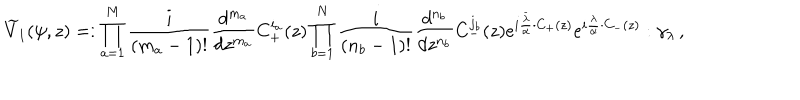
\widetilde V _ { 1 } ( \psi , z ) = : \prod _ { a = 1 } ^ { M } { \frac { i } { ( m _ { a } - 1 ) ! } } { \frac { d ^ { m _ { a } } } { d z ^ { m _ { a } } } } C _ { + } ^ { i _ { a } } ( z ) \prod _ { b = 1 } ^ { N } { \frac { i } { ( n _ { b } - 1 ) ! } } { \frac { d ^ { n _ { b } } } { d z ^ { n _ { b } } } } C _ { - } ^ { j _ { b } } ( z ) e ^ { i { \frac { \bar { \lambda } } { \alpha } } \cdot C _ { + } ( z ) } e ^ { i { \frac { \lambda } { \alpha } } \cdot C _ { - } ( z ) } : \gamma _ { \lambda } \, ,